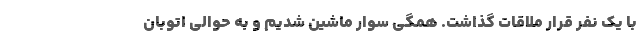
با یک نفر قرار ملاقات گذاشت. همگی سوار ماشین شدیم و به حوالی اتوبان